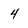
Character: 4